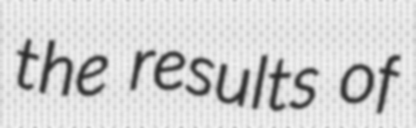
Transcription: the results of